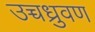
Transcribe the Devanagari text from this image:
उच्चध्रुवण